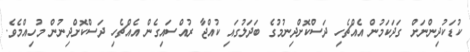
ކުޑަކުދިންނަށް ގަދަކަމުން އެއްޗެހި ދަސްކޮށްދިނުމުގެ ބަދަލުގައި ކުއްޖާ ރުއްސައިގެން އެއްޗެހި ދަސްކޮށްދިނުން މުހިއްމެވެ.